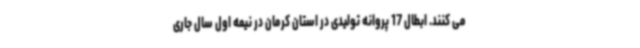
می کنند. ابطال 17 پروانه تولیدی در استان کرمان در نیمه اول سال جاری